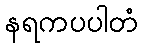
နရကပပါတံ